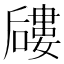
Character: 𱕎